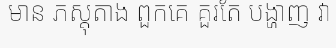
មាន ភស្តុតាង ពួកគេ គួរតែ បង្ហាញ វា